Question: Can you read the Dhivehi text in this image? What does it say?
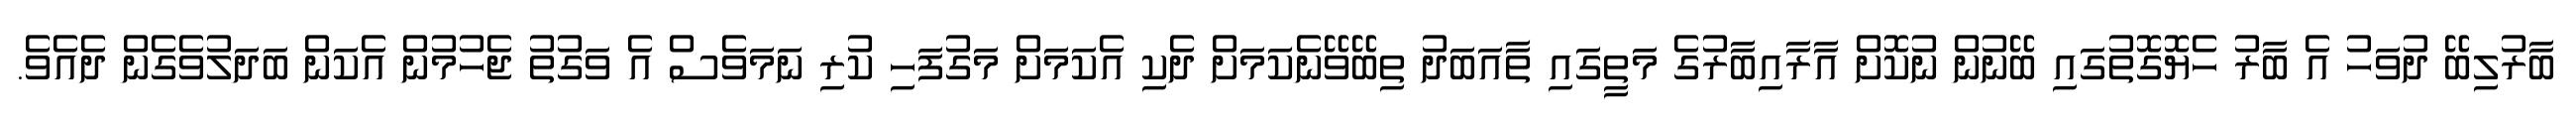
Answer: ބާރުލިބޭ ދުވަހު އެ ބާރު ހެޔޮގޮތުގައި ބޭނުން ނުކޮށް އާރާއިބާރުގެ މަތީގައި ތާއަބަދު ތިބޭވޭނެކަމަށް ދެކި އެކަމަށް މަގުފަހި ކުރި ނަމަވެސް އެ ވަގުތު ޖެހުމުން އެކަން ބަދަލުވެގެން ދެއެވެ.